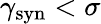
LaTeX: \gamma_{\mathrm{syn}}<\sigma